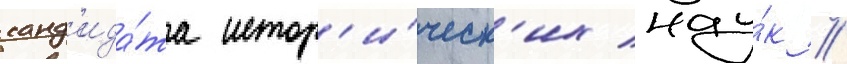
канд'ида́та истор'и́ческ'их нау́к //